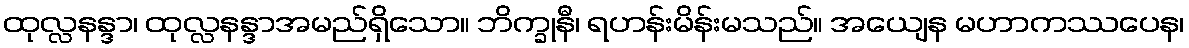
ထုလ္လနန္ဒာ၊ ထုလ္လနန္ဒာအမည်ရှိသော။ ဘိက္ခုနီ၊ ရဟန်းမိန်းမသည်။ အယျေန မဟာကဿပေန၊